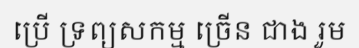
ប្រើ ទ្រព្យសកម្ម ច្រើន ជាង រួម